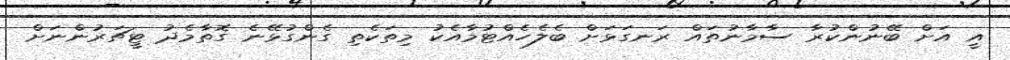
އީ އަށް ބޭނުންކުރާ ސާމާނުތައް ރަނގަޅަށް ބެލެހެއްޓުމާއެކު މިތަކެތި ގެންގުޅޭނެ ގޮތާމެދު ޓީޗަރުންނަށް